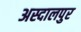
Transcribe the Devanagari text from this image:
अस्दालपुर